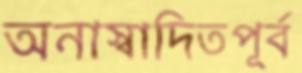
অনাস্বাদিতপূর্ব